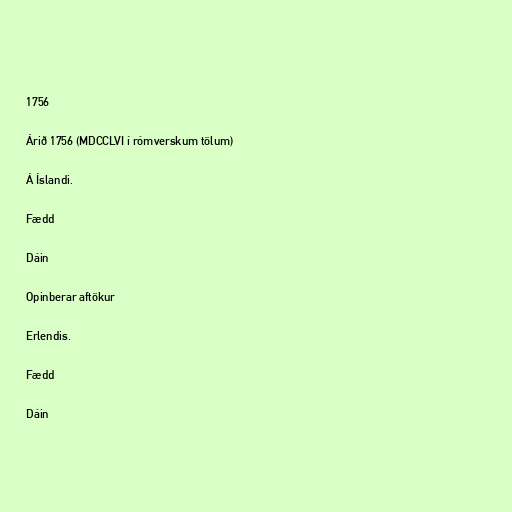
1756

Árið 1756 (MDCCLVI í rómverskum tölum)

Á Íslandi.

Fædd

Dáin

Opinberar aftökur

Erlendis.

Fædd

Dáin